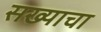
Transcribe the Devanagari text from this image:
सख्याचा